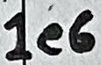
Text: 1e6